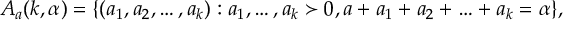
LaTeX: A _ { a } ( k , \alpha ) = \{ ( a _ { 1 } , a _ { 2 } , \ldots , a _ { k } ) : a _ { 1 } , \ldots , a _ { k } \succ 0 , a + a _ { 1 } + a _ { 2 } + \ldots + a _ { k } = \alpha \} ,